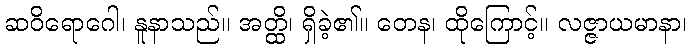
ဆဝိရောဂေါ၊ နူနာသည်။ အတ္ထိ၊ ရှိခဲ့၏။ တေန၊ ထိုကြောင့်။ လဇ္ဇာယမာနာ၊